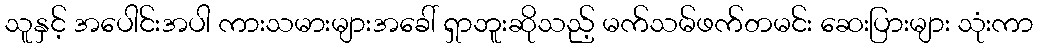
သူနှင့် အပေါင်းအပါ ကားသမားများအခေါ် ရှာဘူးဆိုသည့် မက်သမ်ဖက်တမင်း ဆေးပြားများ သုံးကာ